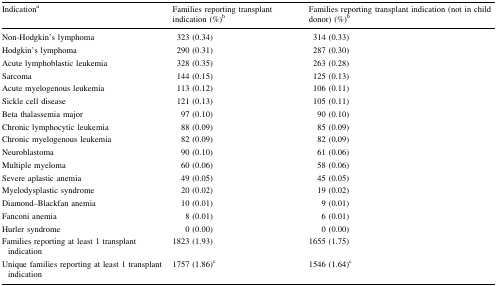
<table><thead><tr><td><b>Indication<sup>a</sup></b></td><td><b>Families reporting transplant indication (%)<sup>b</sup></b></td><td><b>Families reporting transplant indication (not in child donor) (%)<sup>b</sup></b></td></tr></thead><tbody><tr><td>Non-Hodgkin’s lymphoma</td><td>323 (0.34)</td><td>314 (0.33)</td></tr><tr><td>Hodgkin’s lymphoma</td><td>290 (0.31)</td><td>287 (0.30)</td></tr><tr><td>Acute lymphoblastic leukemia</td><td>328 (0.35)</td><td>263 (0.28)</td></tr><tr><td>Sarcoma</td><td>144 (0.15)</td><td>125 (0.13)</td></tr><tr><td>Acute myelogenous leukemia</td><td>113 (0.12)</td><td>106 (0.11)</td></tr><tr><td>Sickle cell disease</td><td>121 (0.13)</td><td>105 (0.11)</td></tr><tr><td>Beta thalassemia major</td><td>97 (0.10)</td><td>90 (0.10)</td></tr><tr><td>Chronic lymphocytic leukemia</td><td>88 (0.09)</td><td>85 (0.09)</td></tr><tr><td>Chronic myelogenous leukemia</td><td>82 (0.09)</td><td>82 (0.09)</td></tr><tr><td>Neuroblastoma</td><td>90 (0.10)</td><td>61 (0.06)</td></tr><tr><td>Multiple myeloma</td><td>60 (0.06)</td><td>58 (0.06)</td></tr><tr><td>Severe aplastic anemia</td><td>49 (0.05)</td><td>45 (0.05)</td></tr><tr><td>Myelodysplastic syndrome</td><td>20 (0.02)</td><td>19 (0.02)</td></tr><tr><td>Diamond–Blackfan anemia</td><td>10 (0.01)</td><td>9 (0.01)</td></tr><tr><td>Fanconi anemia</td><td>8 (0.01)</td><td>6 (0.01)</td></tr><tr><td>Hurler syndrome</td><td>0 (0.00)</td><td>0 (0.00)</td></tr><tr><td>Families reporting at least 1 transplant indication</td><td>1823 (1.93)</td><td>1655 (1.75)</td></tr><tr><td>Unique families reporting at least 1 transplant indication</td><td>1757 (1.86)<sup>c</sup></td><td>1546 (1.64)<sup>c</sup></td></tr></tbody></table>